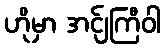
ဟိုမှာ အင်ျကြီဝါ